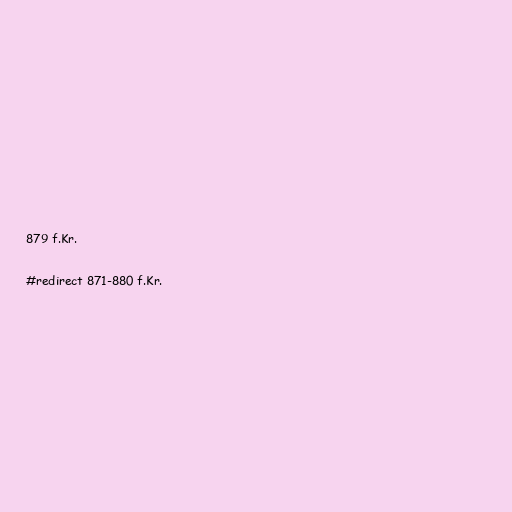
879 f.Kr.

#redirect 871-880 f.Kr.